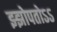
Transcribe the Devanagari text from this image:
झ्झोपतोऽऽ